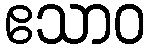
ဧသာဝ